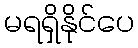
မရရှိနိုင်ပေ